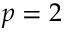
p = 2